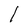
Character: 1